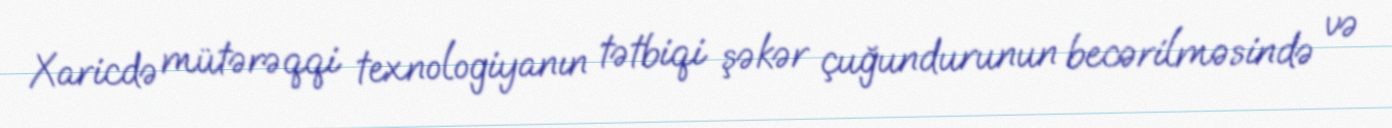
Xaricdə mütərəqqi texnologiyanın tətbiqi şəkər çuğundurunun becərilməsində və